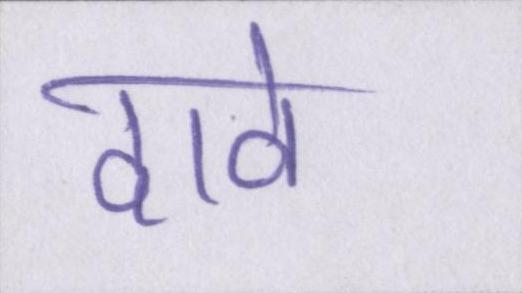
दावे